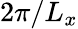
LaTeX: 2\pi/L_{x}